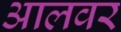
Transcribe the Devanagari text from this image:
आलवर